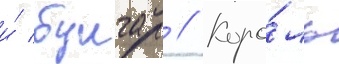
и́ булгар // Коро́ль